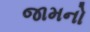
જામનો